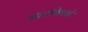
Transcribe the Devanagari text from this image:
आटोक्लेवों